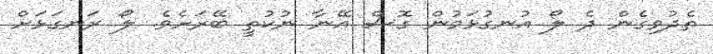
ތެދުވިގެން ދެ ލޯ އުނގުޅަމުން ގޮސް އޭނާ ނުކުތީ ބޭރަށެވެ. ލޯ ރަނގަޅަށް